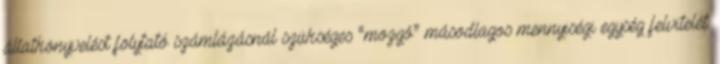
állatkönyvelést folytató számlázásnál szükséges “mozgó” másodlagos mennyiségi egység felvitelét.